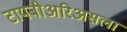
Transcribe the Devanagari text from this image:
टायबीअरिअसला